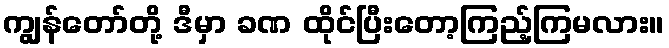
ကျွန်တော်တို့ ဒီမှာ ခဏ ထိုင်ပြီးတော့ကြည့်ကြမလား။